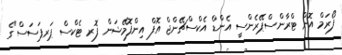
ފޯރަމް އޮން ޓްރާންސްޕޭރެންސީ އެންޑް އެކްސްޗޭންޖް އޮފް އިންފޮމޭޝަން ފޮރ ޓެކްސް ޕަރޕަސަސް"ގެ